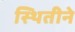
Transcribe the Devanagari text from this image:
स्थितीने